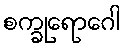
စက္ခုရောဂေါ